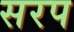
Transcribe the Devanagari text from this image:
सरप